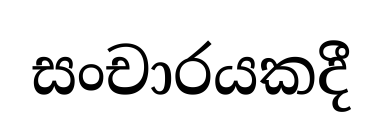
සංචාරයකදී